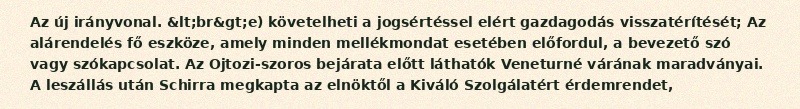
Az új irányvonal. &lt;br&gt;e) követelheti a jogsértéssel elért gazdagodás visszatérítését; Az alárendelés fő eszköze, amely minden mellékmondat esetében előfordul, a bevezető szó vagy szókapcsolat. Az Ojtozi-szoros bejárata előtt láthatók Veneturné várának maradványai. A leszállás után Schirra megkapta az elnöktől a Kiváló Szolgálatért érdemrendet,